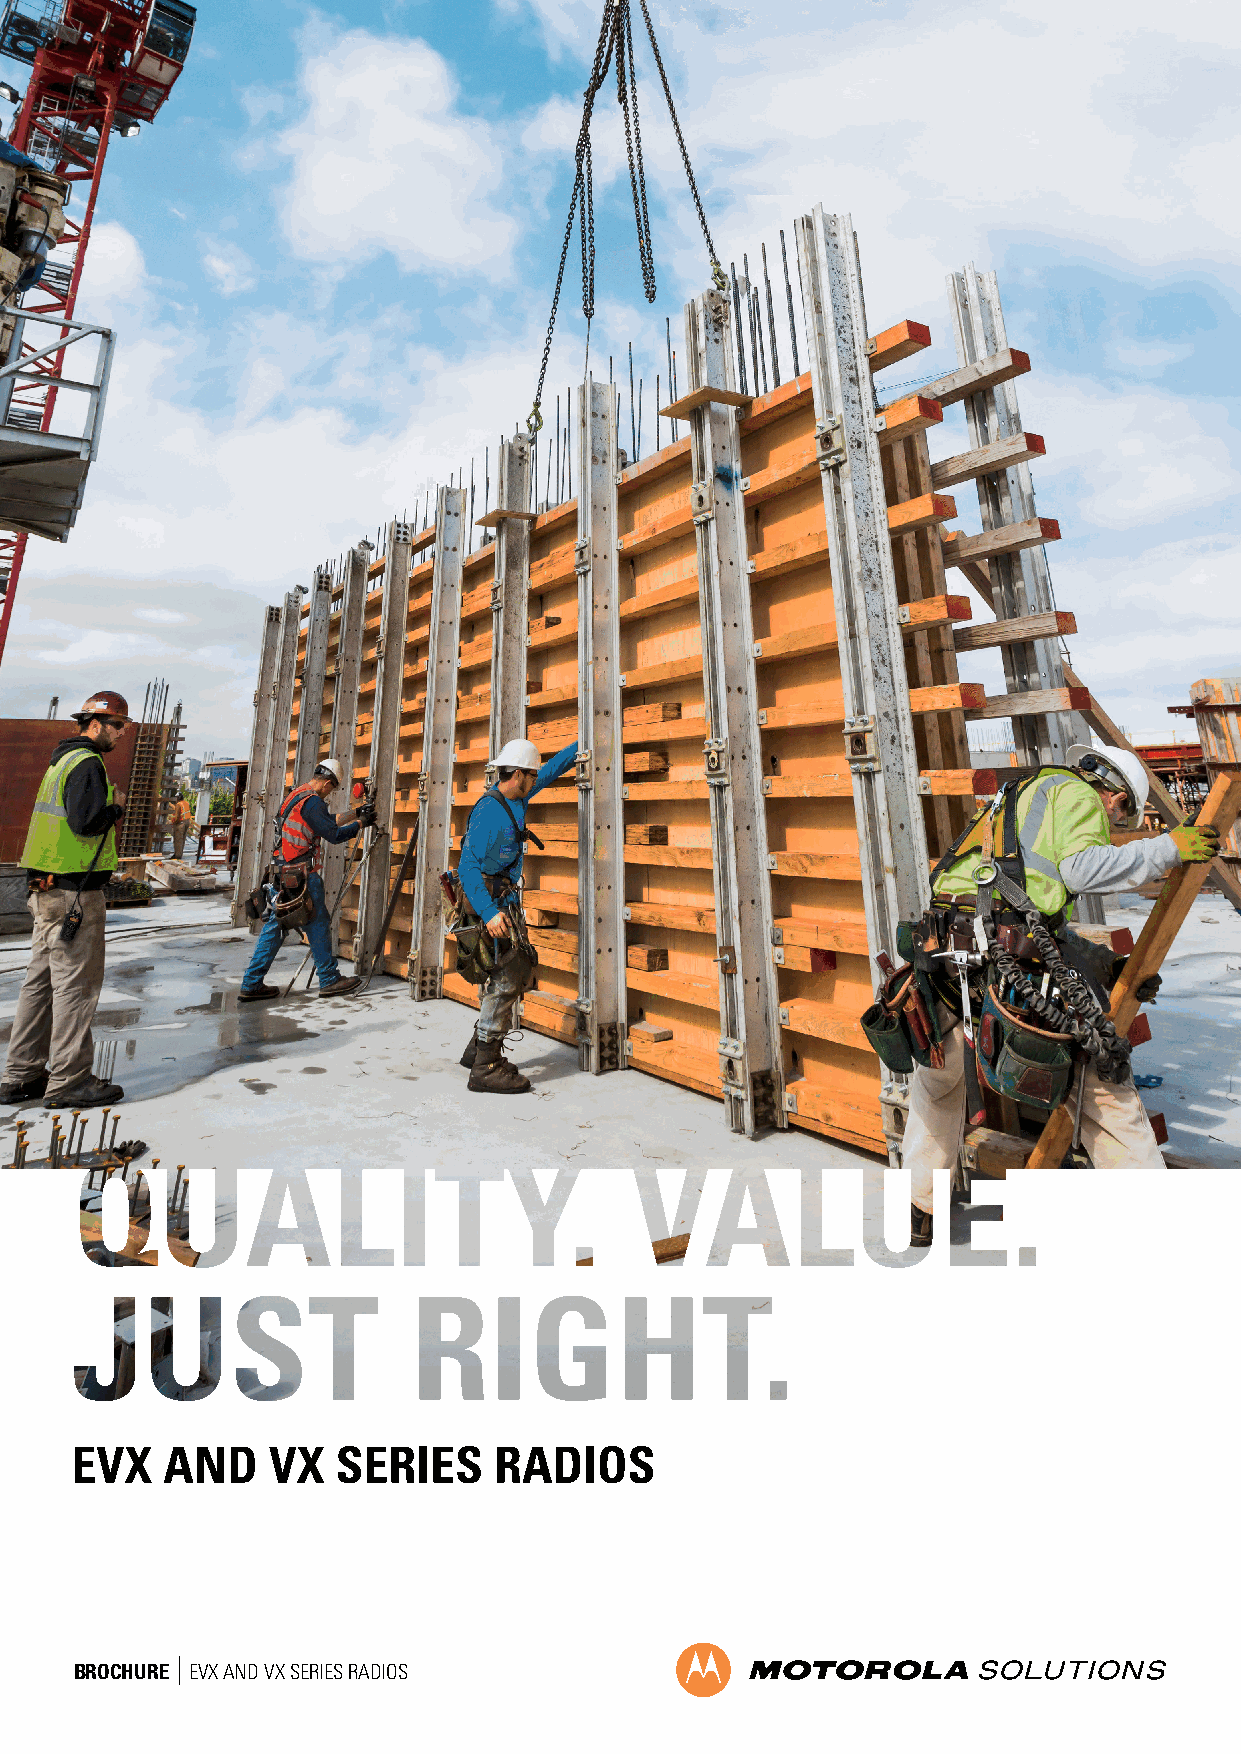
EVX   AND    VX  SERIES     RADIOS
 BROCHURE EVX AND VX SERIES RADIOS